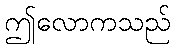
ဤလောကသည်